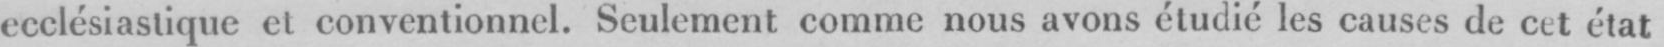
ecclésiastique et conventionnel. Seulement comme nous avons étudié les causes de cet état